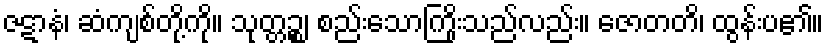
ဇဋာနံ၊ ဆံကျစ်တို့ကို။ သုတ္တဉ္စ၊ စည်းသောကြိုးသည်လည်း။ ဇောတတိ၊ ထွန်းပ၏။